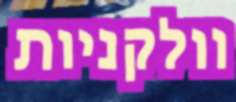
וולקניות